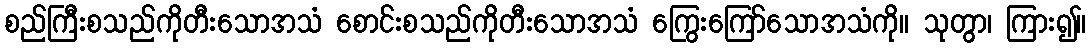
စည်ကြီးစသည်ကိုတီးသောအသံ စောင်းစသည်ကိုတီးသောအသံ ကြွေးကြော်သောအသံကို။ သုတွာ၊ ကြား၍။